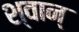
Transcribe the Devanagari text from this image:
श्वान्